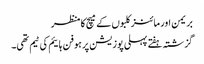
بریمن اور مائنز کلبوں کے میچ کا منظر
گزشتہ ہفتے پہلی پوزیشن پر ہوفن ہائیم کی ٹیم تھی۔